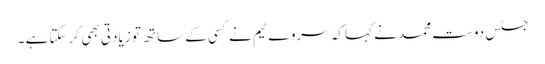
جسٹس دوست محمد نے کہا کہ سروے ٹیم نے کسی کے ساتھ تو زیادتی بھی کر سکتا ہے ۔